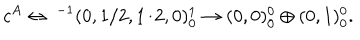
c ^ { A } \leftrightarrow \ ^ { - 1 } ( 0 , 1 / 2 , 1 / 2 , 0 ) _ { 0 } ^ { 1 } \rightarrow ( 0 , 0 ) _ { 0 } ^ { 0 } \oplus ( 0 , 1 ) _ { 0 } ^ { 0 } .